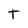
Character: t